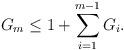
LaTeX: \begin{align*} G_m\leq1+\sum^{m-1}_{i=1}G_i.\end{align*}